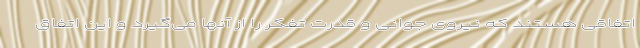
اتفاقی هستند که نیروی جوانی و قدرت تفکر را از آنها می‌گیرد و این اتفاق